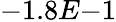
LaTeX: -1.8E{-1}